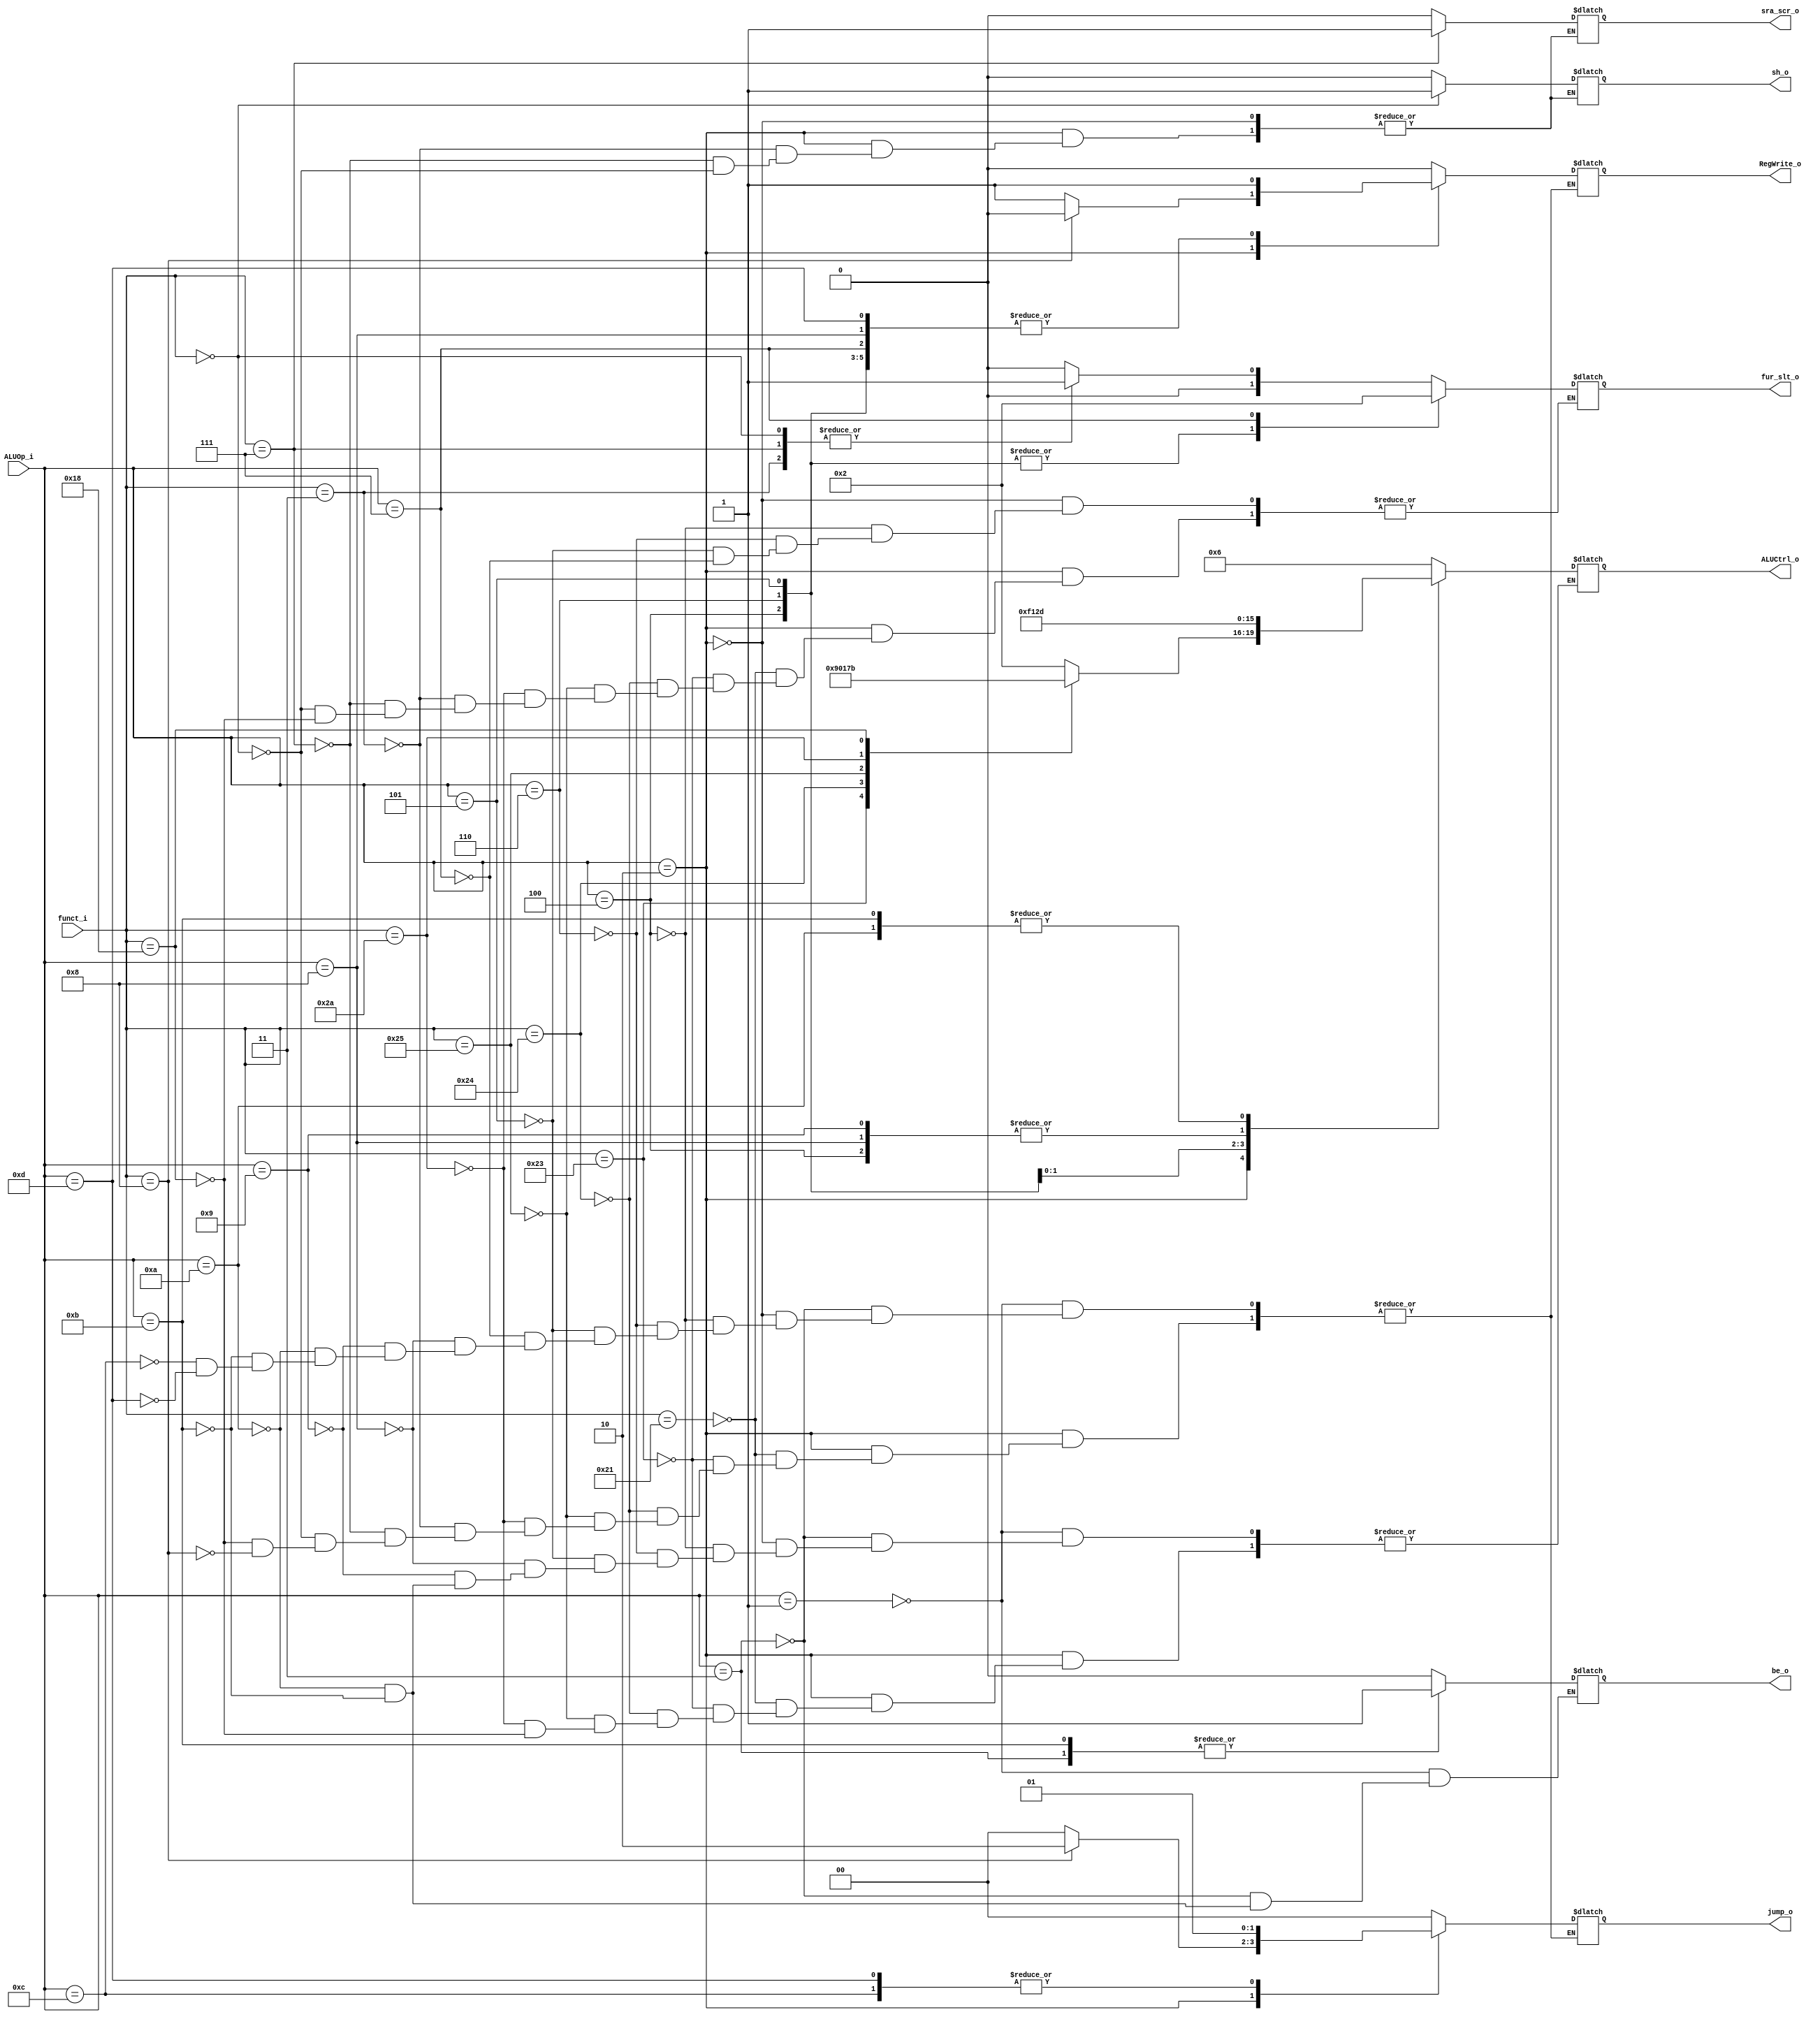

module ALU_Ctrl(
        funct_i,
        ALUOp_i,
        ALUCtrl_o,
        sra_scr_o,
        fur_slt_o,
        be_o,
        sh_o,
        jump_o,
        RegWrite_o
        );

//I/O ports
input      [6-1:0] funct_i;
input      [3:0] ALUOp_i;

output     [4-1:0] ALUCtrl_o;
output     [1:0] fur_slt_o;
output     sra_scr_o;
output     be_o;
output     sh_o;
output     [1:0] jump_o;
output     RegWrite_o;

//Internal Signals
reg        [4-1:0] ALUCtrl_o;
reg        [1:0] fur_slt_o;
reg        sra_scr_o;
reg        be_o;
reg        sh_o;
reg        [1:0] jump_o;
reg        RegWrite_o;
//Select exact operation
always@(*)
begin
        case(ALUOp_i)
                4'b0001://beq
                        begin //0110 . 00 0
                        ALUCtrl_o=4'b0110;
                        //fur_slt_o=2'b00;
                        jump_o=2'b00;
                        RegWrite_o=1'b0;
                        be_o=1'b0;
                        end
                4'b0011://bne
                        begin //0110 . 00 0
                        ALUCtrl_o=4'b0110;
                        //fur_slt_o=2'b00;
                        jump_o=2'b00;
                        RegWrite_o=1'b0;
                        be_o=1'b1;
                        end
                4'b0010://r-type
                        begin
                        case(funct_i)
                                6'b100001://addu
                                        begin
                                        ALUCtrl_o=4'b0010;
                                        fur_slt_o=2'b00;
                                        jump_o=2'b00;
                                        RegWrite_o=1'b1;
                                        end
                                6'b100011://subu
                                        begin // 1001 00 00 1
                                        ALUCtrl_o=4'b1001;
                                        fur_slt_o=2'b00;
                                        jump_o=2'b00;
                                        RegWrite_o=1'b1;
                                        end
                                6'b100100://and
                                        begin // 0000 00 00 1
                                        ALUCtrl_o=4'b0000;
                                        fur_slt_o=2'b00;
                                        jump_o=2'b00;
                                        RegWrite_o=1'b1;
                                        end
                                6'b100101://or
                                        begin // 0001 00 00 1
                                        ALUCtrl_o=4'b0001;
                                        fur_slt_o=2'b00;
                                        jump_o=2'b00;
                                        RegWrite_o=1'b1;
                                        end
                                6'b101010://slt
                                        begin // 0111 00 00 1
                                        ALUCtrl_o=4'b0111;
                                        fur_slt_o=2'b00;
                                        jump_o=2'b00;
                                        RegWrite_o=1'b1;
                                        end
                                6'b000011://sra
                                        begin //. 01 00 1
                                        //ALUCtrl_o=4'b0010;
                                        fur_slt_o=2'b01;
                                        jump_o=2'b00;
                                        RegWrite_o=1'b1;
                                        sra_scr_o=1'b0;
                                        sh_o=1'b0;
                                        end
                                6'b000111://srav
                                        begin // . 01 00 1
                                        //ALUCtrl_o=4'b0010;
                                        fur_slt_o=2'b01;
                                        jump_o=2'b00;
                                        RegWrite_o=1'b1;
                                        sra_scr_o=1'b1;
                                        sh_o=1'b0;
                                        end
                                6'b000000://sll
                                        begin //. 01 00 1
                                        //ALUCtrl_o=4'b0010;
                                        fur_slt_o=2'b01;
                                        jump_o=2'b00;
                                        RegWrite_o=1'b1;
                                        sra_scr_o=1'b0;
                                        sh_o=1'b1;
                                        end
                                6'b011000://mul
                                        begin //1011 00 00 1
                                        ALUCtrl_o=4'b1011;
                                        fur_slt_o=2'b00;
                                        jump_o=2'b00;
                                        RegWrite_o=1'b1;
                                        end
                                6'b001000://jr
                                        begin //. . 10 0
                                        //ALUCtrl_o=4'b0010;
                                        //fur_slt_o=2'b00;
                                        jump_o=2'b10;
                                        RegWrite_o=1'b0;
                                        end
                        endcase
                        end
                4'b0100://addi
                        begin //0010 00  00 1
                        ALUCtrl_o=4'b0010;
                        fur_slt_o=2'b00;
                        jump_o=2'b00;
                        RegWrite_o=1'b1;
                        end
                4'b0110://sltiu
                        begin //1001 00 00 1
                        ALUCtrl_o=4'b1111;
                        fur_slt_o=2'b00;
                        jump_o=2'b00;
                        RegWrite_o=1'b1;
                        end
                4'b0101://ori
                        begin //0001 00 00 1
                        ALUCtrl_o=4'b0001;
                        fur_slt_o=2'b00;
                        jump_o=2'b00;
                        RegWrite_o=1'b1;
                        end
                4'b0111://lui
                        begin //. 10 00 1
                        //ALUCtrl_o=4'b0010;
                        fur_slt_o=2'b10;
                        jump_o=2'b00;
                        RegWrite_o=1'b1;
                        end
                4'b1000://lw
                        begin //0010 . 00 1
                        ALUCtrl_o=4'b0010;
                        //fur_slt_o=2'b00;
                        jump_o=2'b00;
                        RegWrite_o=1'b1;
                        end
                4'b1001://sw
                        begin //0010 . 00 0
                        ALUCtrl_o=4'b0010;
                        //fur_slt_o=2'b00;
                        jump_o=2'b00;
                        RegWrite_o=1'b0;
                        end
                4'b1010://blez
                        begin //0101 . 00 0
                        ALUCtrl_o=4'b1101;
                        //fur_slt_o=2'b00;
                        jump_o=2'b00;
                        RegWrite_o=1'b0;
                        be_o=1'b0;
                        end
                4'b1011://bgtz
                        begin //0101 . 00 0
                        ALUCtrl_o=4'b1101;
                        //fur_slt_o=2'b00;
                        jump_o=2'b00;
                        RegWrite_o=1'b0;
                        be_o=1'b1;
                        end
                4'b1100://j
                        begin //. . 01 0
                        //ALUCtrl_o=4'b0010;
                        //fur_slt_o=2'b00;
                        jump_o=2'b01;
                        RegWrite_o=1'b0;
                        end
                4'b1101://jal
                        begin // . . 01 0
                        //ALUCtrl_o=4'b0010;
                        //fur_slt_o=2'b00;
                        jump_o=2'b01;
                        RegWrite_o=1'b1;
                        end
        endcase
end
endmodule